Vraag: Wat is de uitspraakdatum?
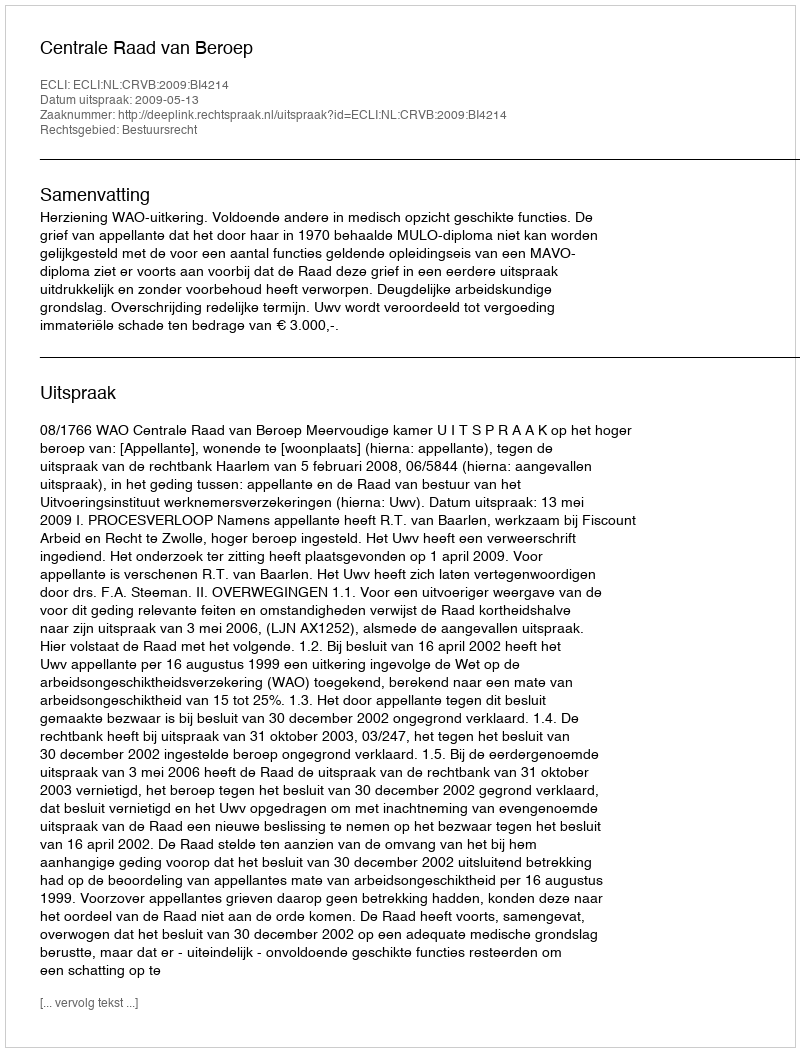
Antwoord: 2009-05-13